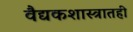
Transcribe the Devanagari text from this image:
वैद्यकशास्त्रातही